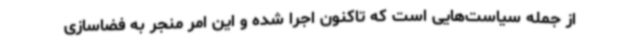
از جمله سیاست‌هایی است که تاکنون اجرا شده و این امر منجر به فضاسازی